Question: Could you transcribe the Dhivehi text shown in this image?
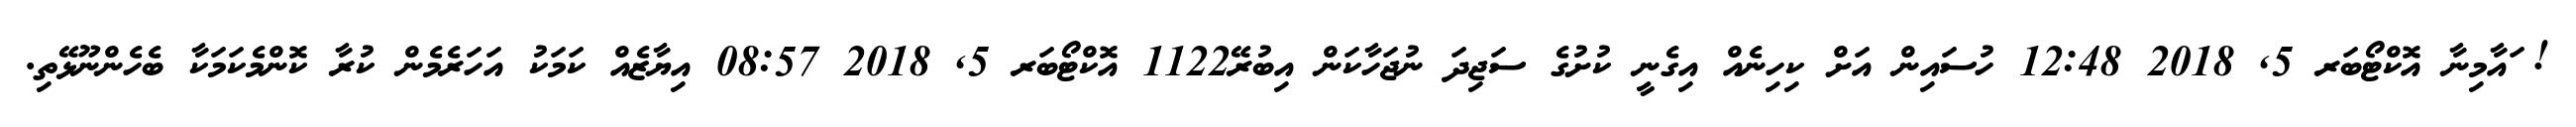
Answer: ! ައާމިނާ އޮކްޓޯބަރ 5, 2018 12:48 ހުސައިން އަށް ކިހިނެއް އިގެނީ ކުށުގެ ސަޖިދަ ނުޖަހާކަން އިބުރޭ1122 އޮކްޓޯބަރ 5, 2018 08:57 އިޔާޒެއް ކަމަކު އަހަރެމެން ކުރާ ކޮންމެކަމަކާ ބެހެންނޫޅޭތި.